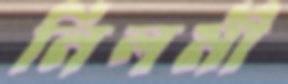
নিলমী